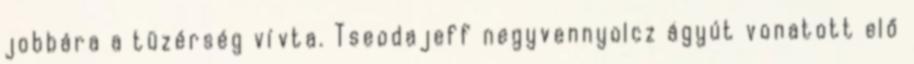
jobbára a tüzérség vívta. Tseodajeff negyvennyolcz ágyút vonatott elő